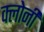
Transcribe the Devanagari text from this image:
क्लोनी